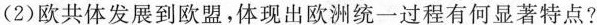
(2)欧共体发展到欧盟，体现出欧洲统一过程有何显著特点?